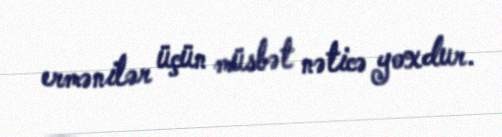
ermənilər üçün müsbət nəticə yoxdur.